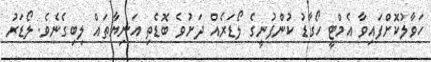
ހަވާލުކޮށްފައިވާ އެމްޓީ ހޯގާޑު ކުންފުނީގެ ލޯޑަރެއް ދަށުވެ ބޮޑެތި އަނިޔާތައް ލިބިގެނެވެ. ލޯޑަރު